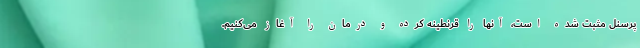
پرسنل مثبت شده است، آنها را قرنطینه کرده و درمان را آغاز می‌کنیم.